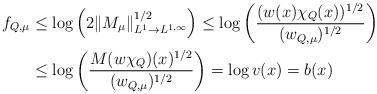
LaTeX: \begin{align*}f_{Q,\mu}& \leq \log\left(2\|M_\mu\|_{L^1\to L^{1,\infty}}^{1/2}\right)\leq \log\left(\frac{(w(x)\chi_Q(x))^{1/2}}{(w_{Q,\mu})^{1/2}}\right) \\&\leq \log\left( \frac{M(w\chi_Q)(x)^{1/2}}{(w_{Q,\mu})^{1/2}}\right)=\log v(x)=b(x)\end{align*}